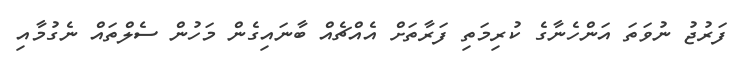
ފަރުޖު ނުވަތަ އަންހެނާގެ ކުރިމަތި ފަރާތަށް އެއްޗެއް ބާނައިގެން މަހުން ސެލްތައް ނެގުމާއި